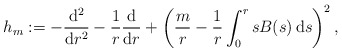
\begin{align*}h_m:=-\frac{\mathrm{d}^2}{\mathrm{d}r^2}-\frac{1}{r}\frac{\mathrm{d}}{\mathrm{d}r}+\left(\frac{m}{r}-\frac{1}{r}\int_0^r sB(s)\,\mathrm{d}s\right)^2,\end{align*}